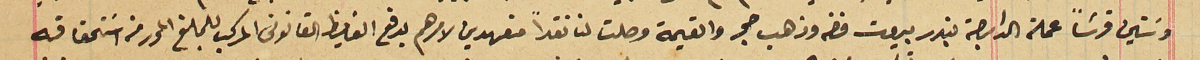
وسَتين قرشاً عملة الدارجة بندر بيروت فضه وذهب حجر والقيمة وصلت لنا نقداً متعهدين لامرهم بدفع الفايظ القانونى المركب للمبلغ المحرر من اسَتحقاقه